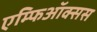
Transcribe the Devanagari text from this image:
एम्फिऑक्सस